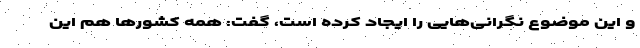
و این موضوع نگرانی‌هایی را ایجاد کرده است، گفت: همه کشورها هم این